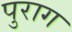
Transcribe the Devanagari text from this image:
पुराग